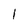
Character: 1